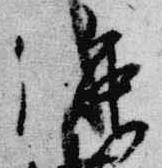
強